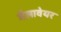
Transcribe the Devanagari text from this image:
मैलावेयर